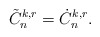
\begin{align*} \tilde{C}_n^{k,r}= \dot{C}_n^{k,r}.\end{align*}